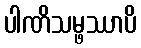
ပါဏိသမ္ဖဿာပိ